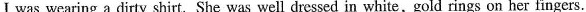
I was wearing a dirty shirt. She was well dressed in white,gold rings on her fingers.